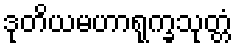
ဒုတိယမဟာရုက္ခသုတ္တံ